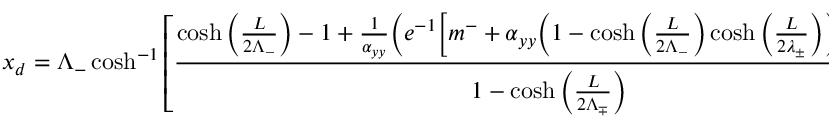
x _ { d } = \Lambda _ { - } \cosh ^ { - 1 } \left[ \frac { \cosh \bigg ( \frac { L } { 2 \Lambda _ { - } } \bigg ) - 1 + \frac { 1 } { \alpha _ { y y } } \bigg ( e ^ { - 1 } \bigg [ m ^ { - } + \alpha _ { y y } \bigg ( 1 - \cosh \bigg ( \frac { L } { 2 \Lambda _ { - } } \bigg ) \cosh \bigg ( \frac { L } { 2 \lambda _ { \pm } } \bigg ) \bigg ) \bigg ] - m ^ { - } \bigg ) } { 1 - \cosh \bigg ( \frac { L } { 2 \Lambda _ { \mp } } \bigg ) } \right] .